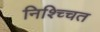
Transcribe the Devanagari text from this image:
निश्च्चित